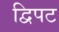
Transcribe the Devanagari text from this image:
द्विपट